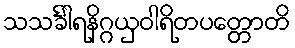
သသင်္ခါရနိဂ္ဂယှဝါရိတပတ္တောတိ